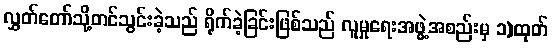
လွှတ်တော်သို့တင်သွင်းခဲ့သည် ရိုက်ခဲ့ခြင်းဖြစ်သည် လူမှုရေးအဖွဲ့အစည်းမှ ၁)ထုတ်